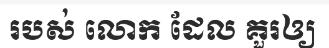
របស់ លោក ដែល គួរឲ្យ